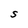
Character: S